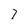
Character: 7